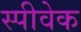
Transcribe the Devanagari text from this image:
स्पीवेक